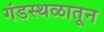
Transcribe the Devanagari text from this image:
गंडस्थळातून